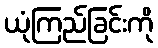
ယုံကြည်ခြင်းကို